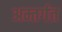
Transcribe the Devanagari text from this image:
अम्तर्गत